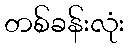
တစ်ခန်းလုံး